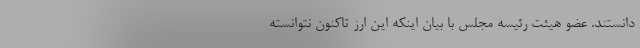
دانستند. عضو هیئت رئیسه مجلس با بیان اینکه این ارز تاکنون نتوانسته